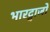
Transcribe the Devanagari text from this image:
भारद्वाजो